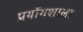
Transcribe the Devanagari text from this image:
प्रयोंगशाला